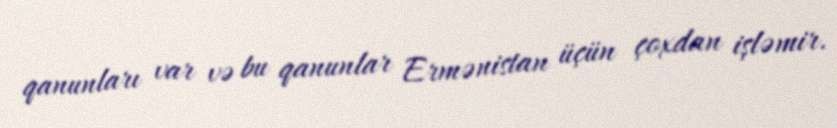
qanunları var və bu qanunlar Ermənistan üçün çoxdan işləmir.